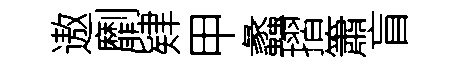
遨劘肄甲蠡摺簫盲